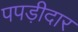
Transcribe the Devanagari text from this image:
पपड़ीदार